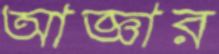
আজ্ঞার